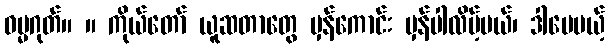
ဓမ္မဂုတ်။ ။ ကိုယ်တော် ယူဆတာတွေ မှန်ကောင်း မှန်ပါလိမ့်မယ်၊ ဒါပေမယ့်